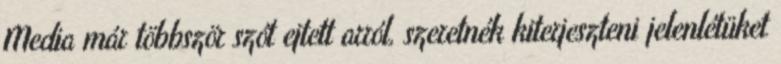
Media már többször szót ejtett arról, szeretnék kiterjeszteni jelenlétüket